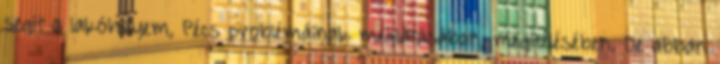
segít a lakóhelyem, Pécs problémáinak meglátásában, megítélésében. De abban